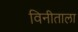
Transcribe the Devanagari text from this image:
विनीताला